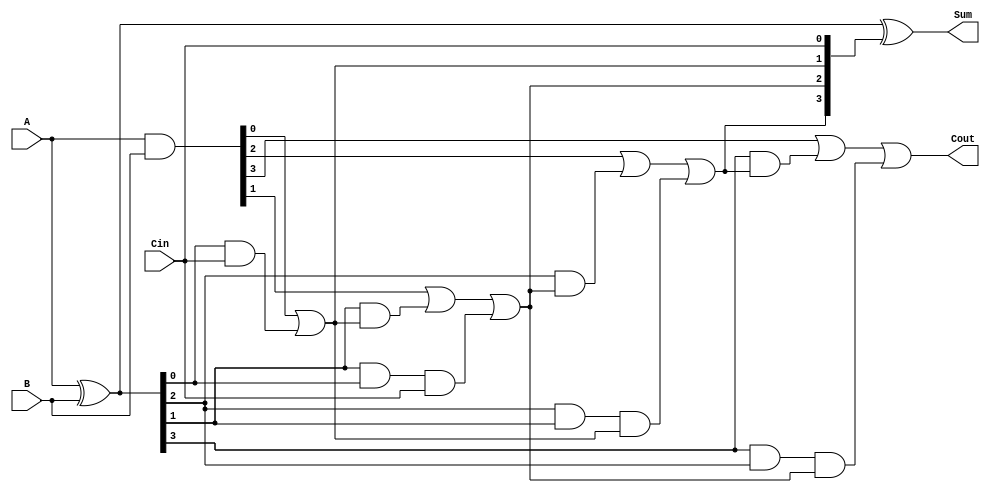
module RCLA #(parameter n = 4) (
    input  [n-1:0] A,      // n-bit input A
    input  [n-1:0] B,      // n-bit input B
    input          Cin,     // Carry-in
    output [n-1:0] Sum,     // n-bit Sum output
    output         Cout      // Carry-out
);

    // Generate and Propagate signals
    wire [n-1:0] G; // Generate signals
    wire [n-1:0] P; // Propagate signals
    wire [n:0] C;   // Carry signals

    // Generate and Propagate logic
    assign G = A & B;        // G[i] = A[i] & B[i]
    assign P = A ^ B;        // P[i] = A[i] ^ B[i]

    // Carry signals calculation
    assign C[0] = Cin;       // C[0] = Cin
    genvar i;
    generate
        for (i = 0; i < n; i = i + 1) begin : carry_gen
            if (i == 0) begin
                assign C[i + 1] = G[i] | (P[i] & C[i]); // C[1] = G[0] | (P[0] & Cin)
            end else begin
                assign C[i + 1] = G[i] | (P[i] & C[i]) | (P[i] & P[i-1] & C[i-1]); // C[i+1] = G[i] | (P[i] & C[i]) | (P[i] & P[i-1] & C[i-1])
            end
        end
    endgenerate

    // Sum calculation
    assign Sum = P ^ C[n-1:0]; // Sum[i] = P[i] ^ C[i]

    // Carry-out
    assign Cout = C[n]; // Cout = C[n]

endmodule